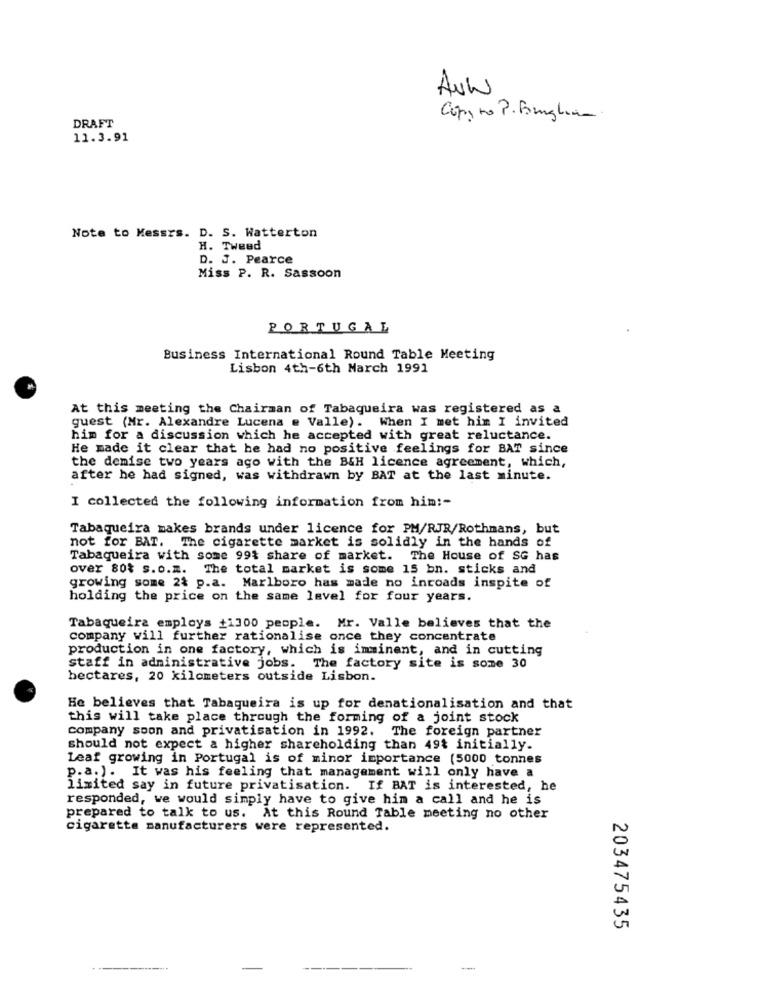
Auw
DRAFT
Copy to P. Famiglia.
11.3.91
Note to Messrs. D. S. Watterton
H. Tweed
D. J. Pearce
Miss P. R. Sassoon
PORTUGAL
Business International Round Table Meeting
Lisbon 4th-6th March 1991
At this meeting the Chairman of Tabaqueira was registered as a
guest (Mr. Alexandre Lucena . Valle). When I met him I invited
him for a discussion which he accepted with great reluctance.
He made it clear that he had no positive feelings for BAT since
the demise two years ago with the B&H licence agreement, which,
after he had signed, was withdrawn by BAT at the last minute.
I collected the following information from him !-
Tabaqueira makes brands under licence for PM/RJR/Rothmans, but
not for BAT. The cigarette market is solidly in the hands of
Tabaqueira with some 99% share of market. The House of SG has
over 80% s.o.z. The total market is some 15 bn. sticks and
growing some 2& p.a. Marlboro has made no inroads inspite of
holding the price on the same level for four years.
Tabaqueira employs +1300 people. Mr. Valle believes that the
company will further rationalise once they concentrate
production in one factory, which is imminent, and in cutting
staff in administrative jobs. The factory site is some 30
hectares, 20 kilometers outside Lisbon.
He believes that Tabaqueira is up for denationalisation and that
this will take place through the forming of a joint stock
company soon and privatisation in 1992. The foreign partner
should not expect a higher shareholding than 49% initially.
Leaf growing in Portugal is of minor importance (5000 tonnes
p.a.). It was his feeling that management will only have a
limited say in future privatisation. If BAT is interested, he
responded, we would simply have to give him a call and he is
prepared to talk to us. At this Round Table meeting no other
cigarette manufacturers were represented.
203475435